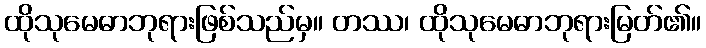
ထိုသုမေဓာဘုရားဖြစ်သည်မှ။ တဿ၊ ထိုသုမေဓာဘုရားမြတ်၏။